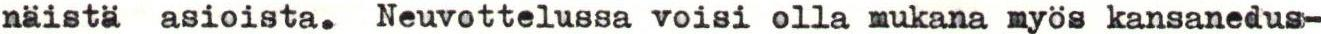
näistä asioista. Neuvottelussa voisi olla mukana myös kansanedus-